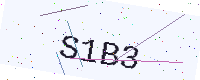
Text: S1B3